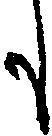
も